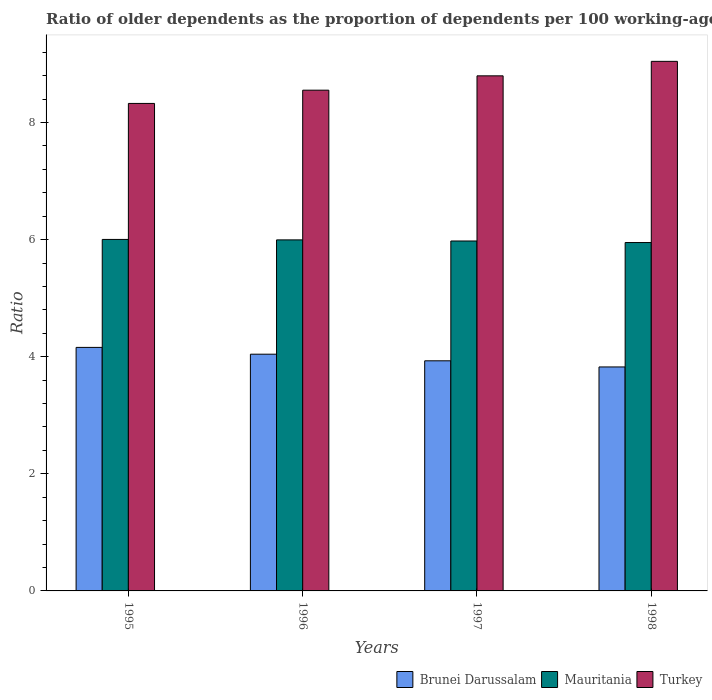
| Years | Brunei Darussalam | Mauritania | Turkey |
 | --- | --- | --- | --- |
 | 1995 | 4.16 | 6 | 8.33 |
 | 1996 | 4.04 | 6 | 8.55 |
 | 1997 | 3.93 | 5.98 | 8.8 |
 | 1998 | 3.83 | 5.95 | 9.04 |